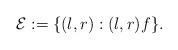
LaTeX: \begin{align*}\mathcal{E}:= \{(l,r): (l,r) f\}.\end{align*}